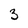
Character: 3